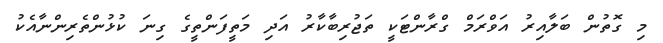
މި ގޮތުން ބަލާއިރު އަވްރަމް ގްރާންޓަކީ ތަޖުރިބާކާރު އަދި މަތީފަންތީގެ ގިނަ ކުޅުންތެރިންނާއެކު